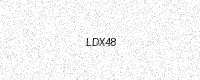
Text: LDX48